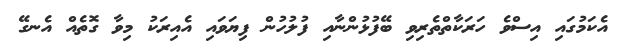
އެކަމުގައި އިސްވެ ހަރަކާތްތެރިވި ބޭފުޅުންނާއި ފުލުހުން ފިޔަވައި އެއިރަކު މިވާ ގޮތެއް އެނގޭ